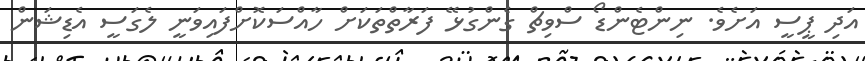
އަދި ޕީސީ އަށެވެ. ނިންޓެންޑޯ ސްވިޗް ގެންގުޅޭ ފަރާތްތަކަށް ހާއްސަކޮށްފައިވަނީ ލެގަސީ އެޑިޝަން